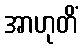
အာဟုတိံ